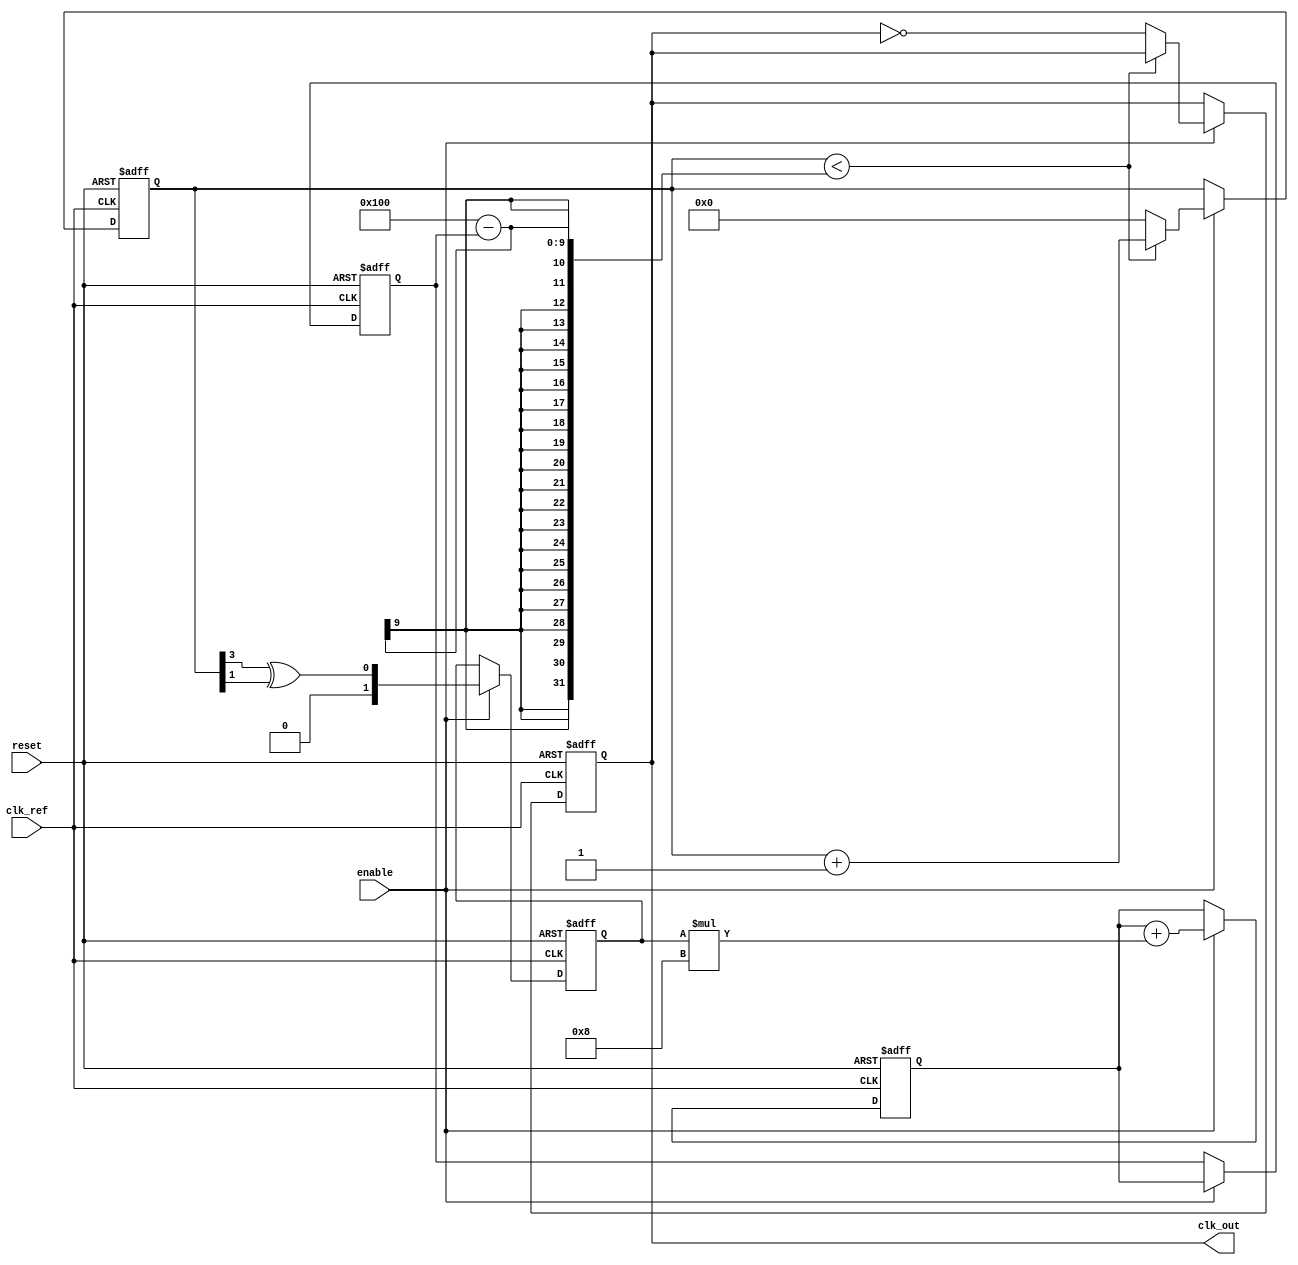
module PLL (
    input wire clk_ref,        // Reference clock input
    output reg clk_out,        // Output clock signal
    input wire reset,          // Asynchronous reset
    input wire enable          // PLL enable signal
);

    // Parameters
    parameter NUM_DIV = 4;     // Divider value for feedback
    parameter LOOP_FILTER_GAIN = 8; // Gain of the loop filter

    // Internal signals
    reg [1:0] phase_error;      // Phase error signal (2 bits for simplicity)
    reg [7:0] control_voltage;   // Control voltage for VCO
    reg [7:0] vco_frequency;     // VCO frequency
    reg [31:0] counter;          // Frequency counter

    // Phase Detector: Simple XOR for phase comparison
    always @(posedge clk_ref or posedge reset) begin
        if (reset) begin
            phase_error <= 0;
        end else if (enable) begin
            // Calculate phase error by comparing reference clock and feedback clock
            // Assuming clk_out is divided by NUM_DIV for feedback
            phase_error <= (counter[NUM_DIV-1] ^ (counter[1])); // Example phase detection
        end
    end

    // Loop Filter: Simple proportional control
    always @(posedge clk_ref or posedge reset) begin
        if (reset) begin
            control_voltage <= 0;
        end else if (enable) begin
            control_voltage <= control_voltage + (phase_error * LOOP_FILTER_GAIN);
        end
    end

    // Voltage-Controlled Oscillator (VCO)
    always @(posedge clk_ref or posedge reset) begin
        if (reset) begin
            clk_out <= 0;
            vco_frequency <= 8'hFF; // Initial frequency
            counter <= 0;
        end else if (enable) begin
            // Update VCO frequency based on control voltage
            vco_frequency <= control_voltage; // Simplified control logic

            // Generate output clock based on VCO frequency
            if (counter < (256 - vco_frequency)) begin
                counter <= counter + 1;
            end else begin
                clk_out <= ~clk_out; // Toggle output clock
                counter <= 0; // Reset counter
            end
        end
    end

endmodule